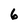
Character: 6